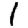
Digit: 1